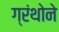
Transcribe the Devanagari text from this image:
ग्रंथोने